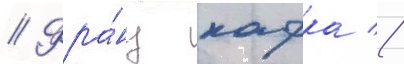
// Фра́нц кафка //